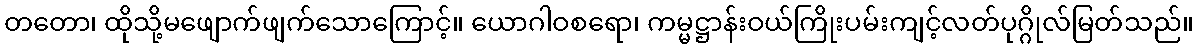
တတော၊ ထိုသို့မဖျောက်ဖျက်သောကြောင့်။ ယောဂါဝစရော၊ ကမ္မဋ္ဌာန်းဝယ်ကြိုးပမ်းကျင့်လတ်ပုဂ္ဂိုလ်မြတ်သည်။